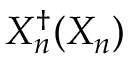
X _ { n } ^ { \dag } ( X _ { n } )